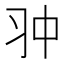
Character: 𠁨